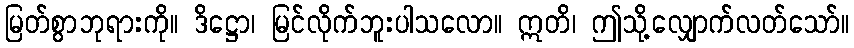
မြတ်စွာဘုရားကို။ ဒိဋ္ဌော၊ မြင်လိုက်ဘူးပါသလော။ ဣတိ၊ ဤသို့လျှောက်လတ်သော်။